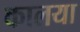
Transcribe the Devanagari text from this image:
कालया